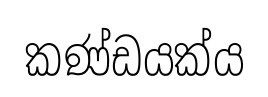
කණ්ඩයක්ය